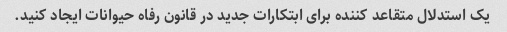
یک استدلال متقاعد کننده برای ابتکارات جدید در قانون رفاه حیوانات ایجاد کنید.